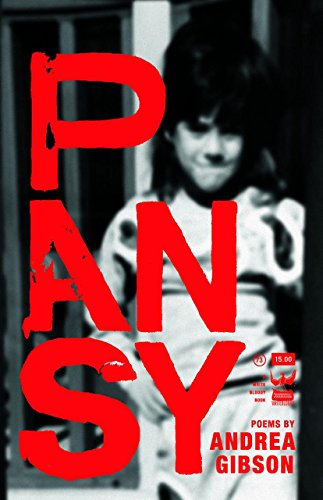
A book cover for Pansy; Andrea Gibson; Literature & Fiction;